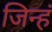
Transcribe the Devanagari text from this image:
जिन्हं